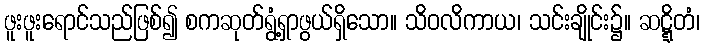
ဖူးဖူးရောင်သည်ဖြစ်၍ စကဆုတ်ရွံ့ရှာဖွယ်ရှိသော။ သိဝလိကာယ၊ သင်းချိုင်း၌။ ဆဋ္ဋိတံ၊